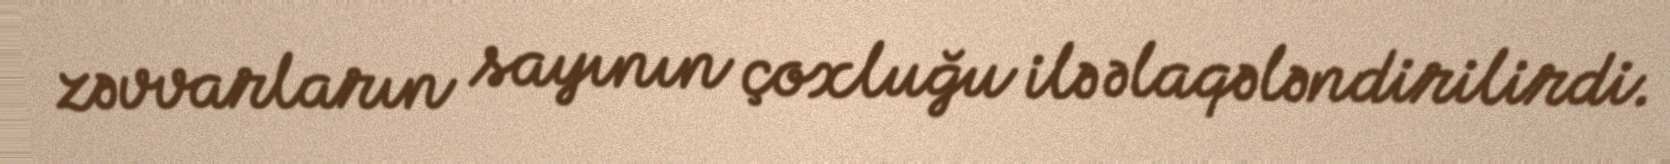
zəvvarların sayının çoxluğu ilə əlaqələndirilirdi.